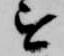
を